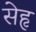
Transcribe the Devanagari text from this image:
सेहृ